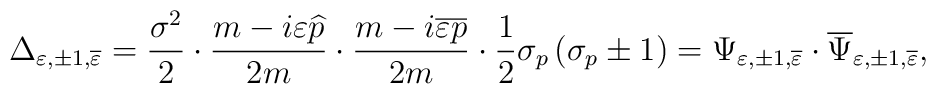
\Delta _{\varepsilon ,\pm 1,\overline{\varepsilon }}=\frac{\sigma^2}2\cdot \frac{m-i\varepsilon \widehat{p}}{2m}\cdot\frac{m-i\overline{\varepsilon } \overline{p}}{2m}\cdot \frac12\sigma _p\left( \sigma _p\pm 1\right) =\Psi _{\varepsilon ,\pm1,\overline{\varepsilon }}\cdot \overline{\Psi } _{\varepsilon,\pm 1,\overline{\varepsilon }} ,